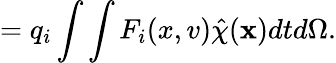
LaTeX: =q_{i}\int\int F_{i}(x,v)\hat{\chi}(\textbf{x})dtd\Omega.